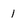
Character: 1